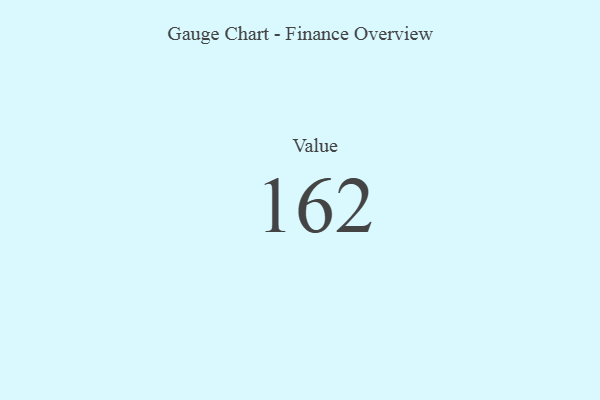
{"axis": {"x": "Metric", "y": "Value"}, "legend": [""], "data": [{"x": "Value", "y": 162, "type": ""}]}